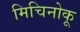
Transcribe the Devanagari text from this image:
मिचिनोकू